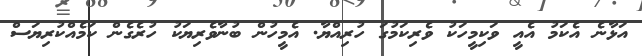
އަޅާނެ އެކަމު އެއީ ވަކިމީހަކު ވެރިކަމުގަ ހުރިއްޔާ. އެމީހުން ބުނާވެރިޔަކު ހުރެގެން ކަމެއްކުރިޔަސް